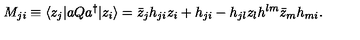
M _ { j i } \equiv \langle z _ { j } | a Q a ^ { \dagger } | z _ { i } \rangle = \bar { z } _ { j } h _ { j i } z _ { i } + h _ { j i } - h _ { j l } z _ { l } h ^ { l m } \bar { z } _ { m } h _ { m i } .